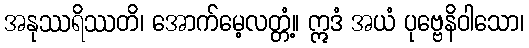
အနုဿရိဿတိ၊ အောက်မေ့လတ္တံ့။ ဣဒံ အယံ ပုဗ္ဗေနိဝါသော၊